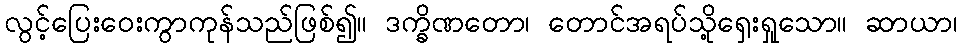
လွင့်ပြေးဝေးကွာကုန်သည်ဖြစ်၍။ ဒက္ခိဏတော၊ တောင်အရပ်သို့ရှေးရှုသော။ ဆာယာ၊